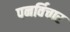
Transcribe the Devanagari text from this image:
पनर्विचार